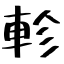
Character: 軫